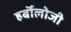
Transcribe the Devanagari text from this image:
हर्बॉलोजी